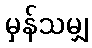
မှန်သမျှ